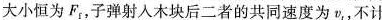
大小恒为F_{f}，子弹射入木块后二者的共同速度为v_{t}，不计